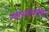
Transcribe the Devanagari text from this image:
स्वास्थयसेवा